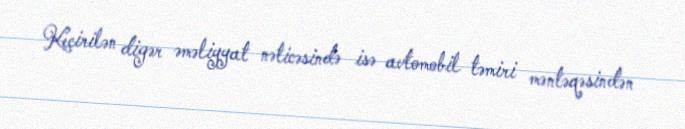
Keçirilən digər əməliyyat nəticəsində isə avtomobil təmiri məntəqəsindən